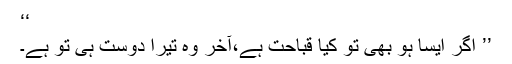
‘‘
’’ اگر ایسا ہو بھی تو کیا قباحت ہے،آخر وہ تیرا دوست ہی تو ہے۔